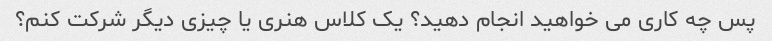
پس چه کاری می خواهید انجام دهید؟ یک کلاس هنری یا چیزی دیگر شرکت کنم؟